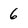
Character: 6